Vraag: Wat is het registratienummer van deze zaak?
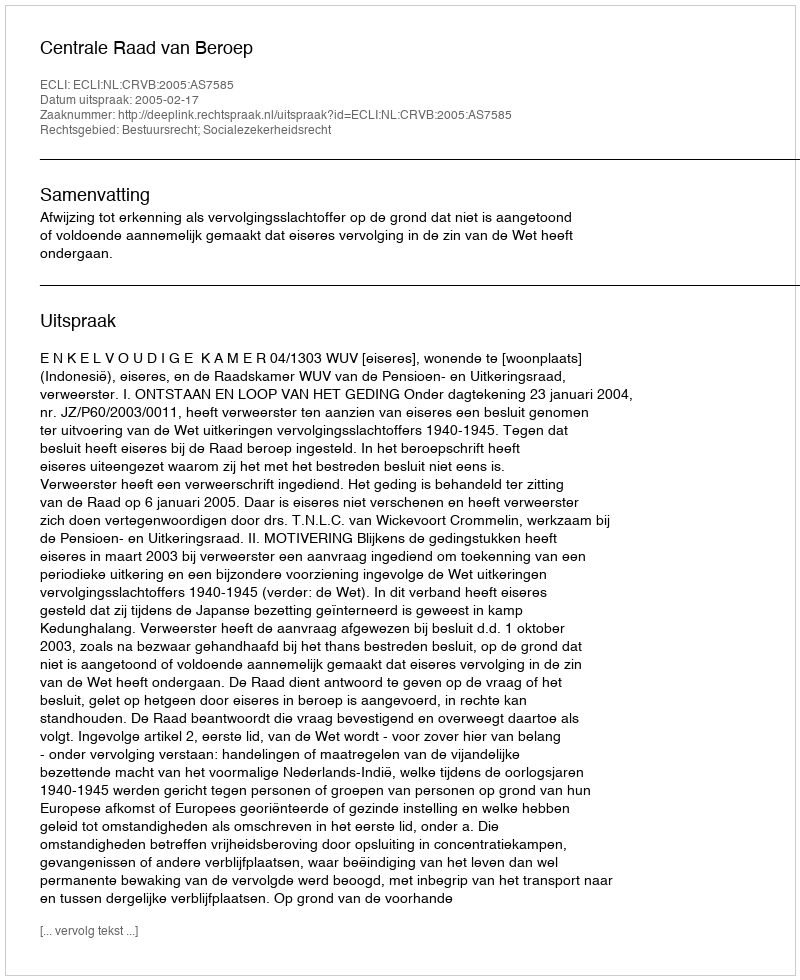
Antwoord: http://deeplink.rechtspraak.nl/uitspraak?id=ECLI:NL:CRVB:2005:AS7585